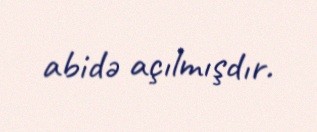
abidə açılmışdır.